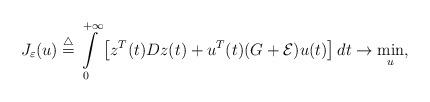
LaTeX: \begin{align*}J_{\varepsilon}(u)\overset{\triangle}{=}\int\limits_{0}^{+ \infty }\left[z^{T}(t)Dz(t)+u^{T}(t)(G+\mathcal{E})u(t)\right]dt\rightarrow\min_{u},\end{align*}